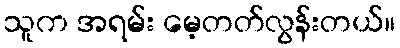
သူက အရမ်း မေ့တတ်လွန်းတယ်။